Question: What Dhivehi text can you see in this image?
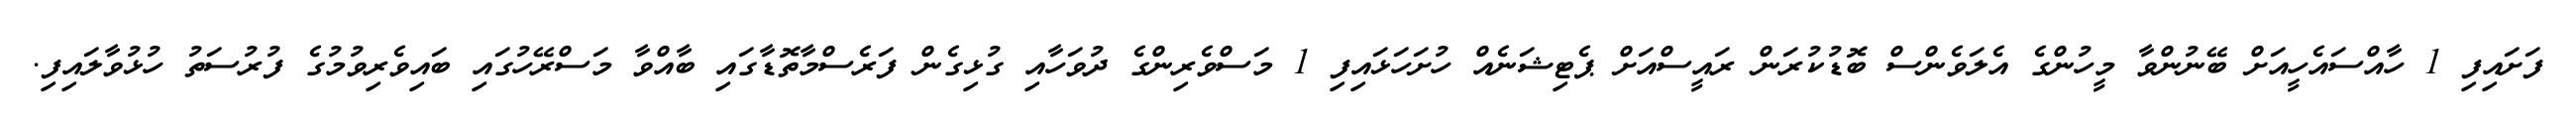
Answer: ފަށައިފި 1 ހާއްސައެހީއަށް ބޭނުންވާ މީހުންގެ އެލަވެންސް ބޮޑުކުރަން ރައީސްއަށް ޕެޓިޝަނެއް ހުށަހަޅައިފި 1 މަސްވެރިންގެ ދުވަހާއި ގުޅިގެން ފަރެސްމާތޮޑާގައި ބާއްވާ މަސްރޭހުގައި ބައިވެރިވުމުގެ ފުރުސަތު ހުޅުވާލައިފި.